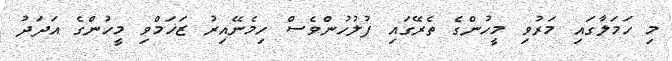
މި ހަމަލާގައި މަރުވި މީހުންގެ ތެރޭގައި ފުލުހުންވެސް ހިމެނޭއިރު ޒަޚަމްވި މީހުންގެ އަދަދު